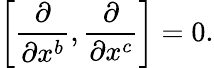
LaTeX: \left[{\frac{\partial}{\partial x^{b}}},{\frac{\partial}{\partial x^{c}}}\right]=0.